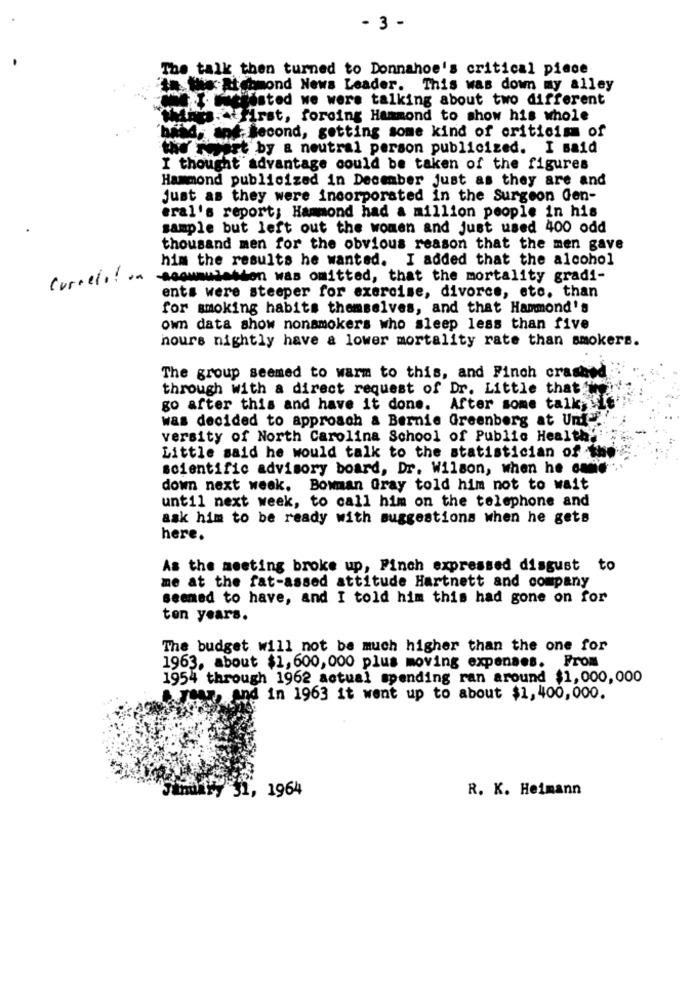
- 3 -
The talk then turned to Donnahoe's critical piece
ta the Atchmond News Leader. This was down my alley
bachdated we were talking about two different
www. First, forcing Hammond to show his whole
sand. Second, getting some kind of criticism of
the Fewart by a neutral person publicized. I said
I thought advantage could be taken of the figures
Hammond publicized in December just as they are and
Just as they were incorporated in the Surgeon Gen-
eral's report; Hammond had a million people in his
sample but left out the women and just used 400 odd
thousand men for the obvious reason that the men gave
him the results he wanted. I added that the alcohol
Correlation
-sooumulation was omitted, that the mortality gradi-
ents were steeper for exercise, divorce, etc. than
for smoking habits themselves, and that Hammond's
own data show nonsmokers who sleep less than five
hours nightly have a lower mortality rate than smokers.
The group seemed to warm to this, and Finch crashed
through with a direct request of Dr. Little that
go after this and have it done. After some talk, Le
was decided to approach & Bernie Greenberg at Uni ...
versity of North Carolina School of Public Health'
Little said he would talk to the statistician of the
scientific advisory board, Dr. Wilson, when he omdie
down next week. Bowman Gray told him not to wait
until next week, to call him on the telephone and
ask him to be ready with suggestions when he gets
here.
As the meeting broke up, Pinch expressed disgust to
me at the fat-assed attitude Hartnett and company
seemed to have, and I told him this had gone on for
ten years.
The budget will not be much higher than the one for
1963, about $1, 600, 000 plus moving expenses. From
1954 through 1962 actual spending ran around $1,000,000
.. THAT, And in 1963 it went up to about $1,400,000.
January 31, 1964
R. K. Heimann